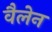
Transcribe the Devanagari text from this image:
वैलेन